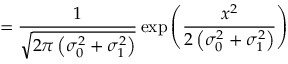
= \frac { 1 } { \sqrt { 2 \pi \left( \sigma _ { 0 } ^ { 2 } + \sigma _ { 1 } ^ { 2 } \right) } } \exp \left( \frac { x ^ { 2 } } { 2 \left( \sigma _ { 0 } ^ { 2 } + \sigma _ { 1 } ^ { 2 } \right) } \right)